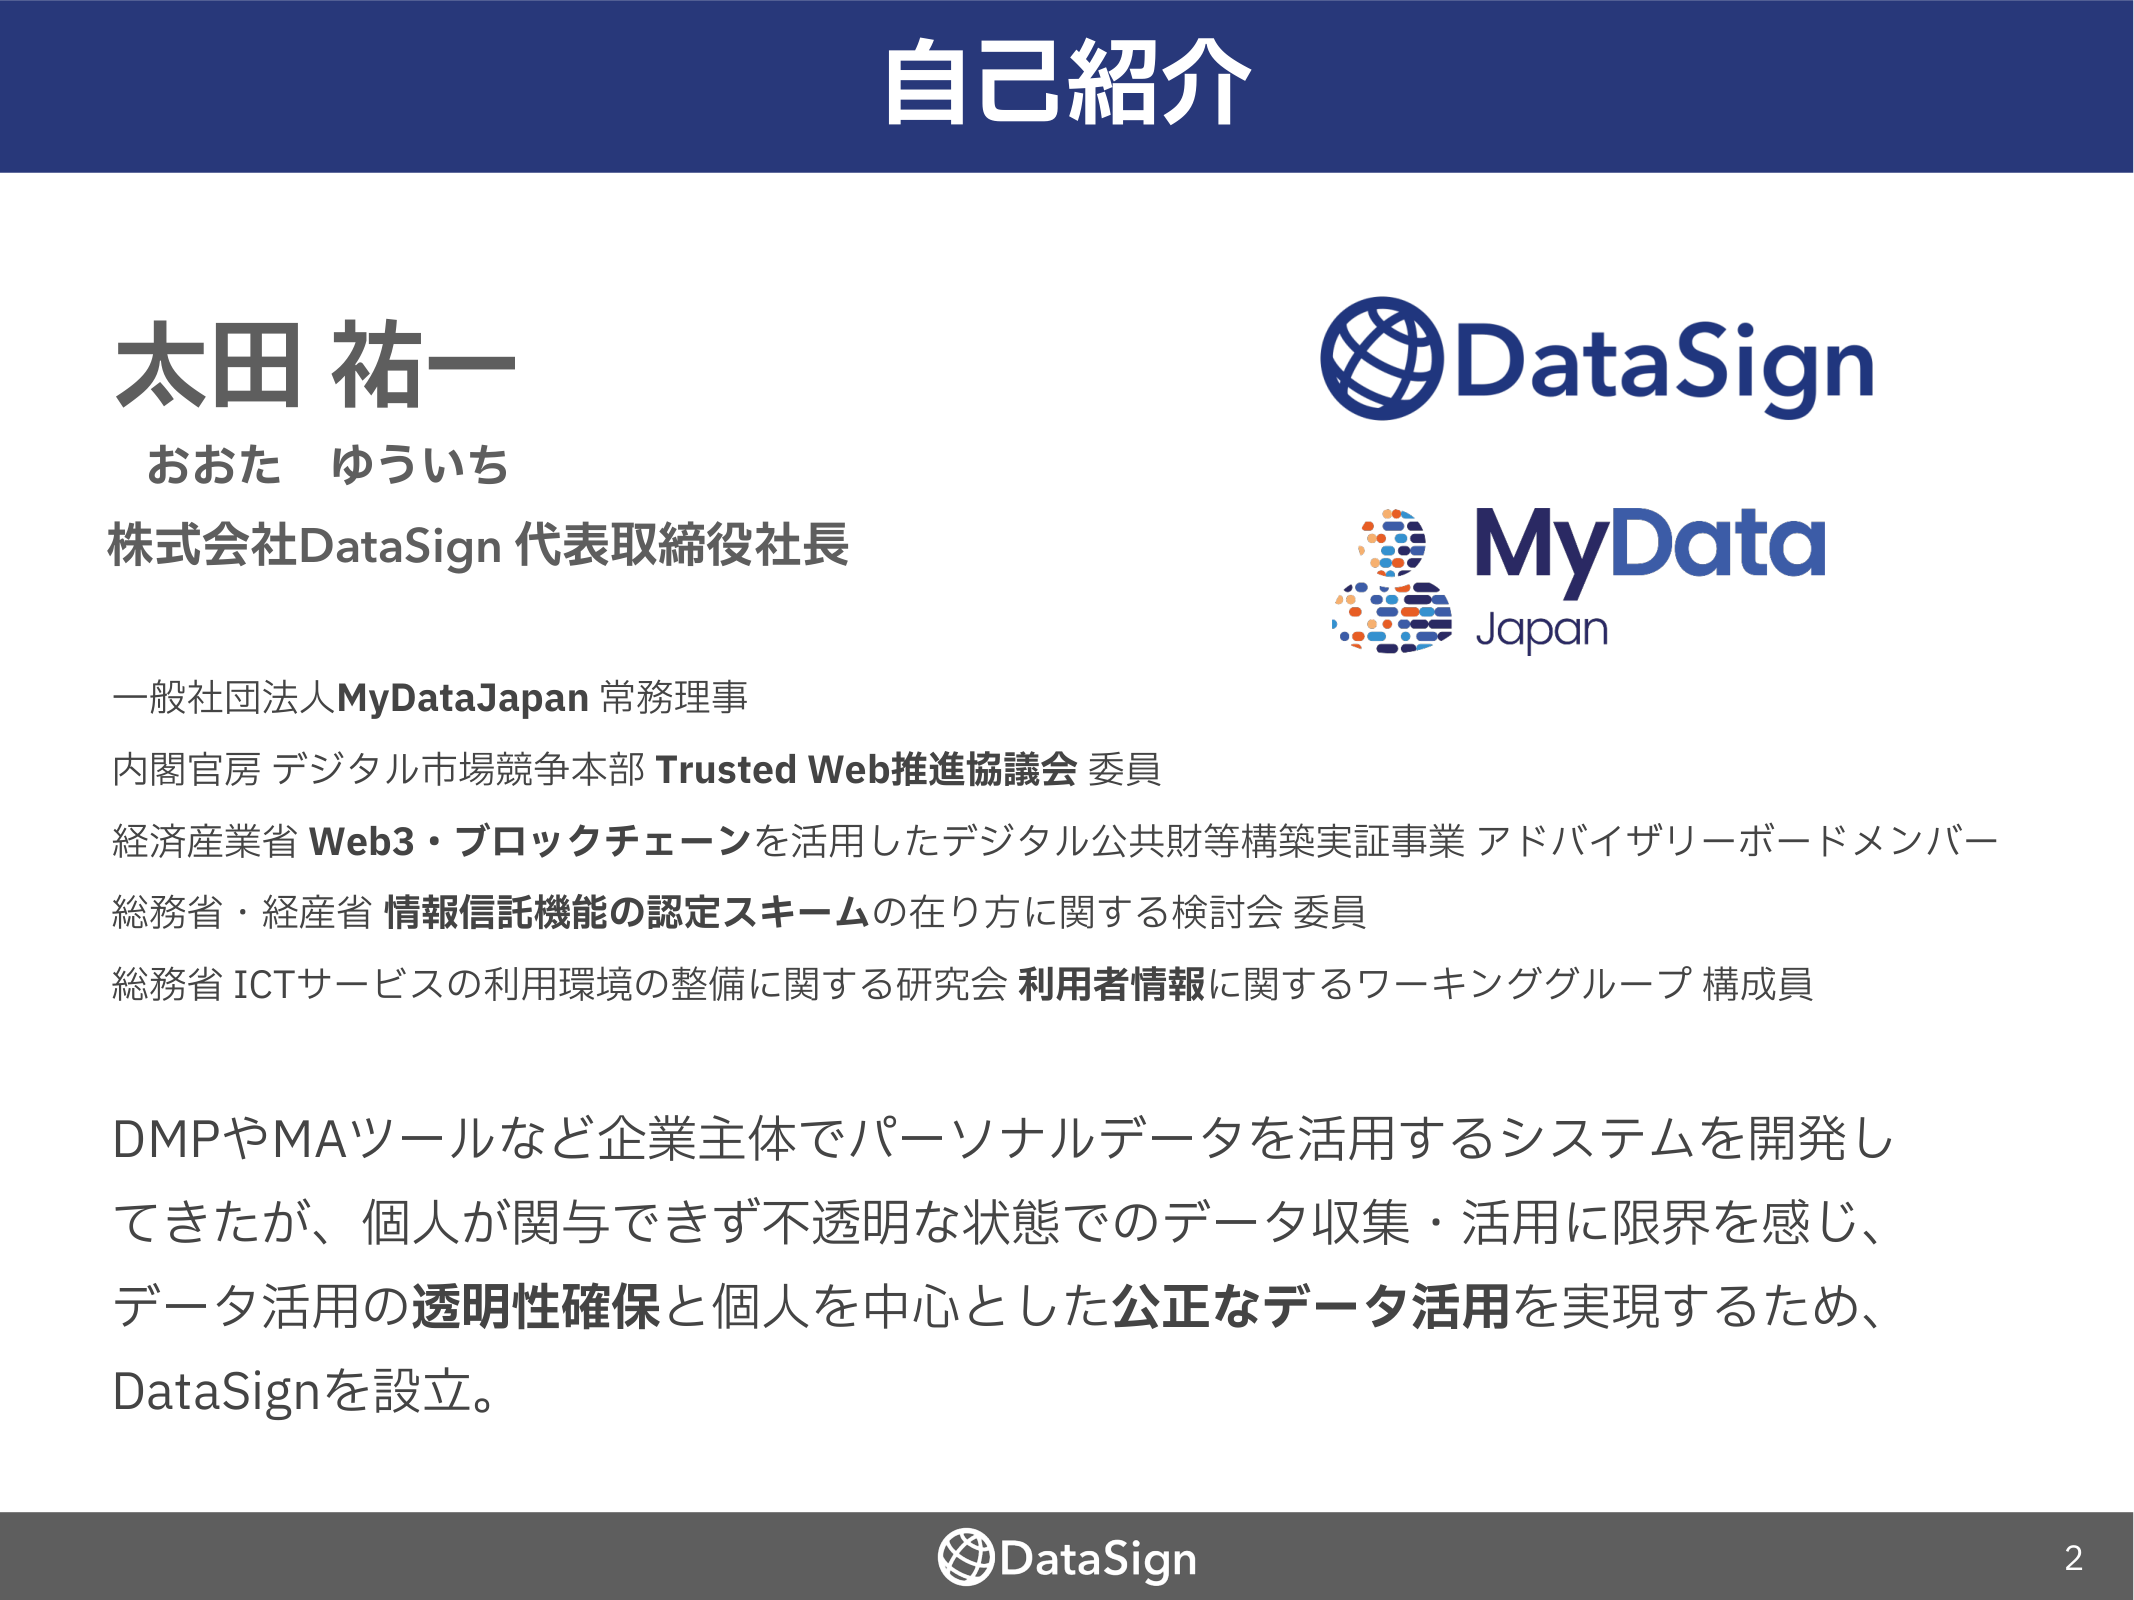
自己紹介

太田 祐一
おおた ゆういち
株式会社DataSign 代表取締役社長

DataSign
MyData
Japan

一般社団法人MyDataJapan 常務理事
内閣官房 デジタル市場競争本部 Trusted Web推進協議会 委員
経済産業省 Web3・ブロックチェーンを活用したデジタル公共財等構築実証事業 アドバイザリーボードメンバー
総務省・経産省 情報信託機能の認定スキームの在り方に関する検討会 委員
総務省 ICTサービスの利用環境の整備に関する研究会 利用者情報に関するワーキンググループ 構成員

DMPやMAツールなど企業主体でパーソナルデータを活用するシステムを開発してきたが、個人が関与できず不透明な状態でのデータ収集・活用に限界を感じ、データ活用の透明性確保と個人を中心とした公正なデータ活用を実現するため、DataSignを設立。

DataSign
2